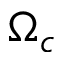
\Omega _ { c }